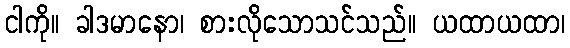
ငါကို။ ခါဒမာနော၊ စားလိုသောသင်သည်။ ယထာယထာ၊